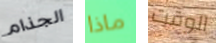
الجذام ماذا الوقت